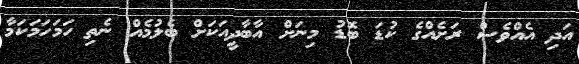
އަދި އެއްވެސް ރަށެއްގެ ކުޑަ ބޮޑު މިނަށް އާބާދީއަކަށް ބެލުމެއް ނެތި ހަމަހަމަކަމާ